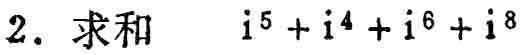
2. 求和 $\mathrm{i}^{5}+\mathrm{i}^{4}+\mathrm{i}^{6}+\mathrm{i}^{8}$